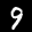
Label: 9